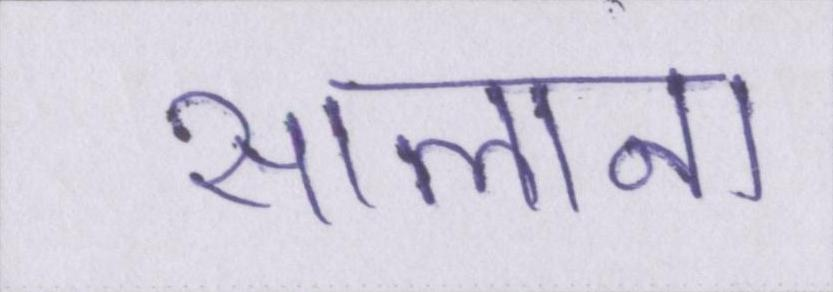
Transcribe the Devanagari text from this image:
सालाना